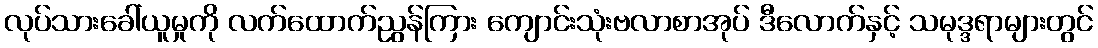
လုပ်သားခေါ်ယူမှုကို လက်ထောက်ညွန်ကြား ကျောင်းသုံးဗလာစာအုပ် ဒီလောက်နှင့် သမုဒ္ဒရာများတွင်